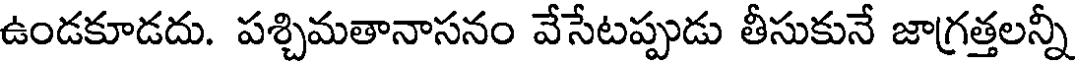
ఉండకూడదు. పశ్చిమతానాసనం వేసేటప్పుడు తీసుకునే జాగ్రత్తలన్నీ